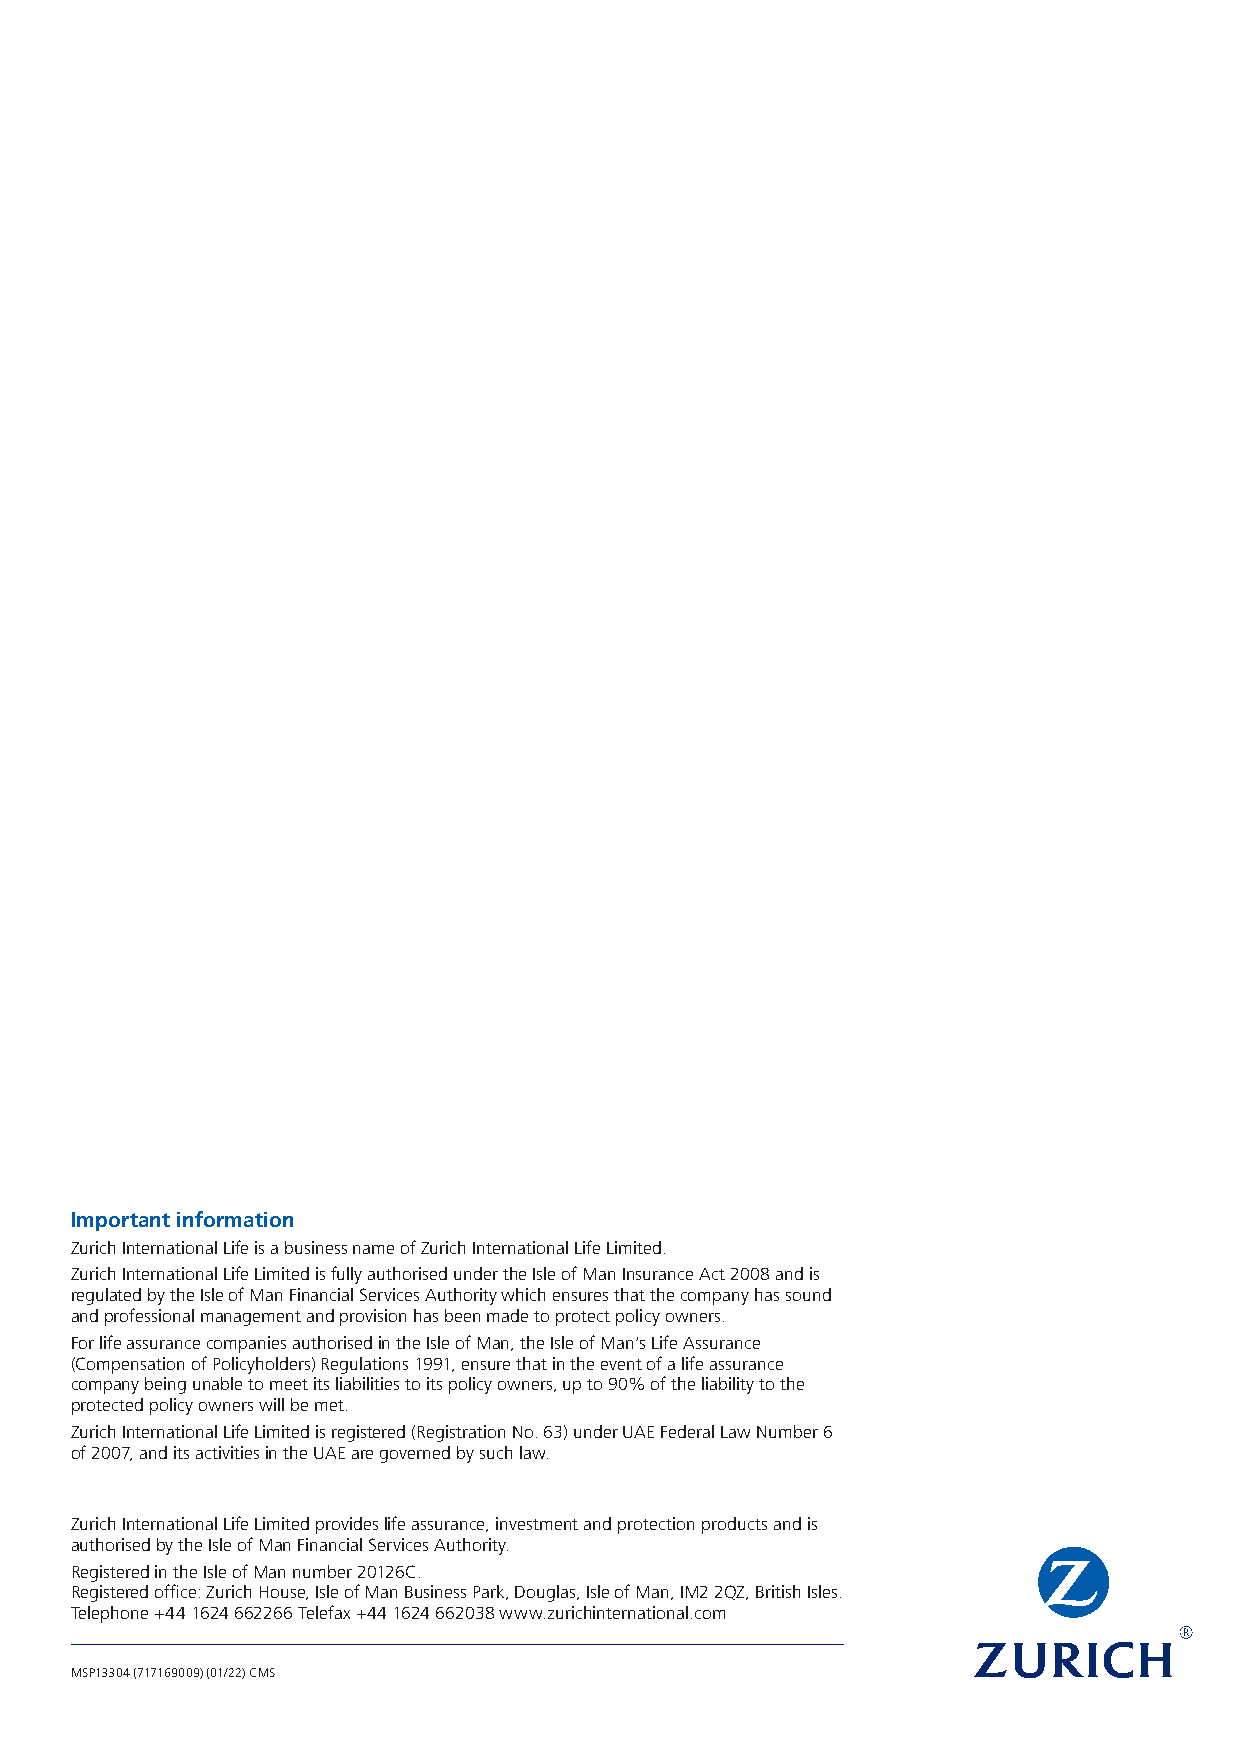
Important information
 Zurich International Life is a business name of Zurich International Life Limited.
 Zurich International Life Limited is fully authorised under the Isle of Man Insurance Act 2008 and is
 regulated by the Isle of Man Financial Services Authority which ensures that the company has sound
 and professional management and provision has been made to protect policy owners.
 For life assurance companies authorised in the Isle of Man, the Isle of Man’s Life Assurance
 (Compensation of Policyholders) Regulations 1991, ensure that in the event of a life assurance
 company being unable to meet its liabilities to its policy owners, up to 90% of the liability to the
 protected policy owners will be met.
 Zurich International Life Limited is registered (Registration No. 63) under UAE Federal Law Number 6
 of 2007, and its activities in the UAE are governed by such law.
 Zurich International Life Limited provides life assurance, investment and protection products and is
 authorised by the Isle of Man Financial Services Authority.
 Registered in the Isle of Man number 20126C.
 Registered office: Zurich House, Isle of Man Business Park, Douglas, Isle of Man, IM2 2QZ, British Isles.
 Telephone +44 1624 662266 Telefax +44 1624 662038 www.zurichinternational.com
 MSP13304 (717169009) (01/22) CMS
 ZZUURR--771177116699000099--MMSSPP1133330044--EENN..iinndddd 1122         0055//0011//22002222 1111::0011